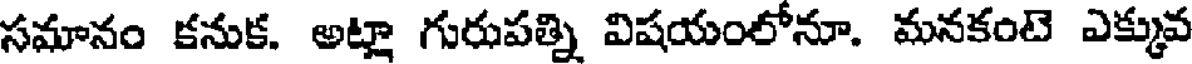
సమానం కనుక. అట్లా గురుపత్ని విషయంలోనూ. మనకంటె ఎక్కువ